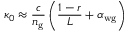
\kappa _ { 0 } \approx \frac { c } { n _ { \mathrm { g } } } \left( \frac { 1 - r } { L } + \alpha _ { \mathrm { w g } } \right)